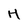
Character: H